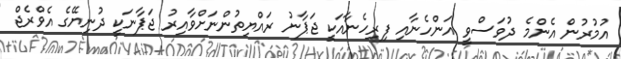
އުމުރުން އެންމެ ދުވަސްވީ އަންހެނާއި ފިރިހެނާއަކީ ޖަޕާނު ރައްޔިތުންނަށްވާއިރު ޖަޕާނަކީ ދުނިޔޭގެ އެވްރެޖް